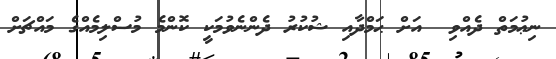
ނިޢުމަތް ދެއްވި  އަށް ޙަމްދާއި ޝުކުރު ދެންނެވުމަކީ ކޮންމެ މުސްލިމެއްގެ މައްޗަށް